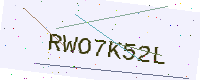
Text: RWO7K52L